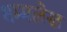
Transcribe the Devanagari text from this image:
धम्मलेख